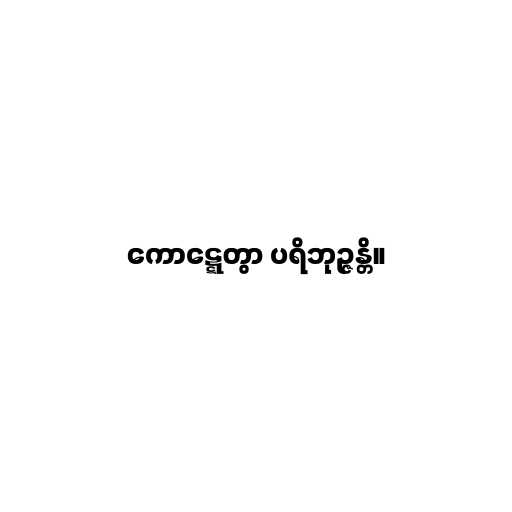
ကောဋ္ဋေတွာ ပရိဘုဉ္ဇန္တိ။